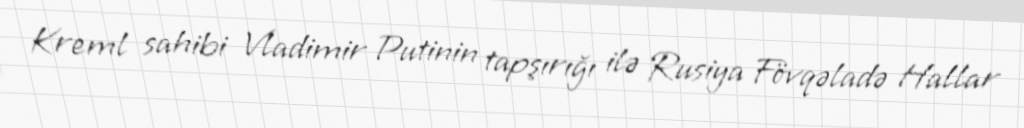
Kreml sahibi Vladimir Putinin tapşırığı ilə Rusiya Fövqəladə Hallar